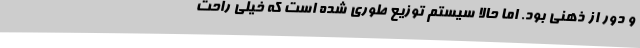
و دور از ذهنی بود. اما حالا سیستم توزیع طوری شده است که خیلی راحت